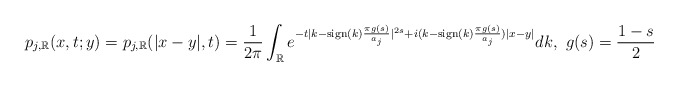
\begin{align*} p_{j,\mathbb{R}}(x,t;y)=p_{j,\mathbb{R}}(|x-y|,t) =\frac{1}{2\pi}\int_{\mathbb{R}} e^{-t|k-\textrm{sign}(k)\frac{\pi g(s)}{a_j}|^{2s}+i(k-\textrm{sign}(k)\frac{\pi g(s)}{a_j})|x-y|} dk, \,\, g(s)=\frac{1-s}{2}\end{align*}